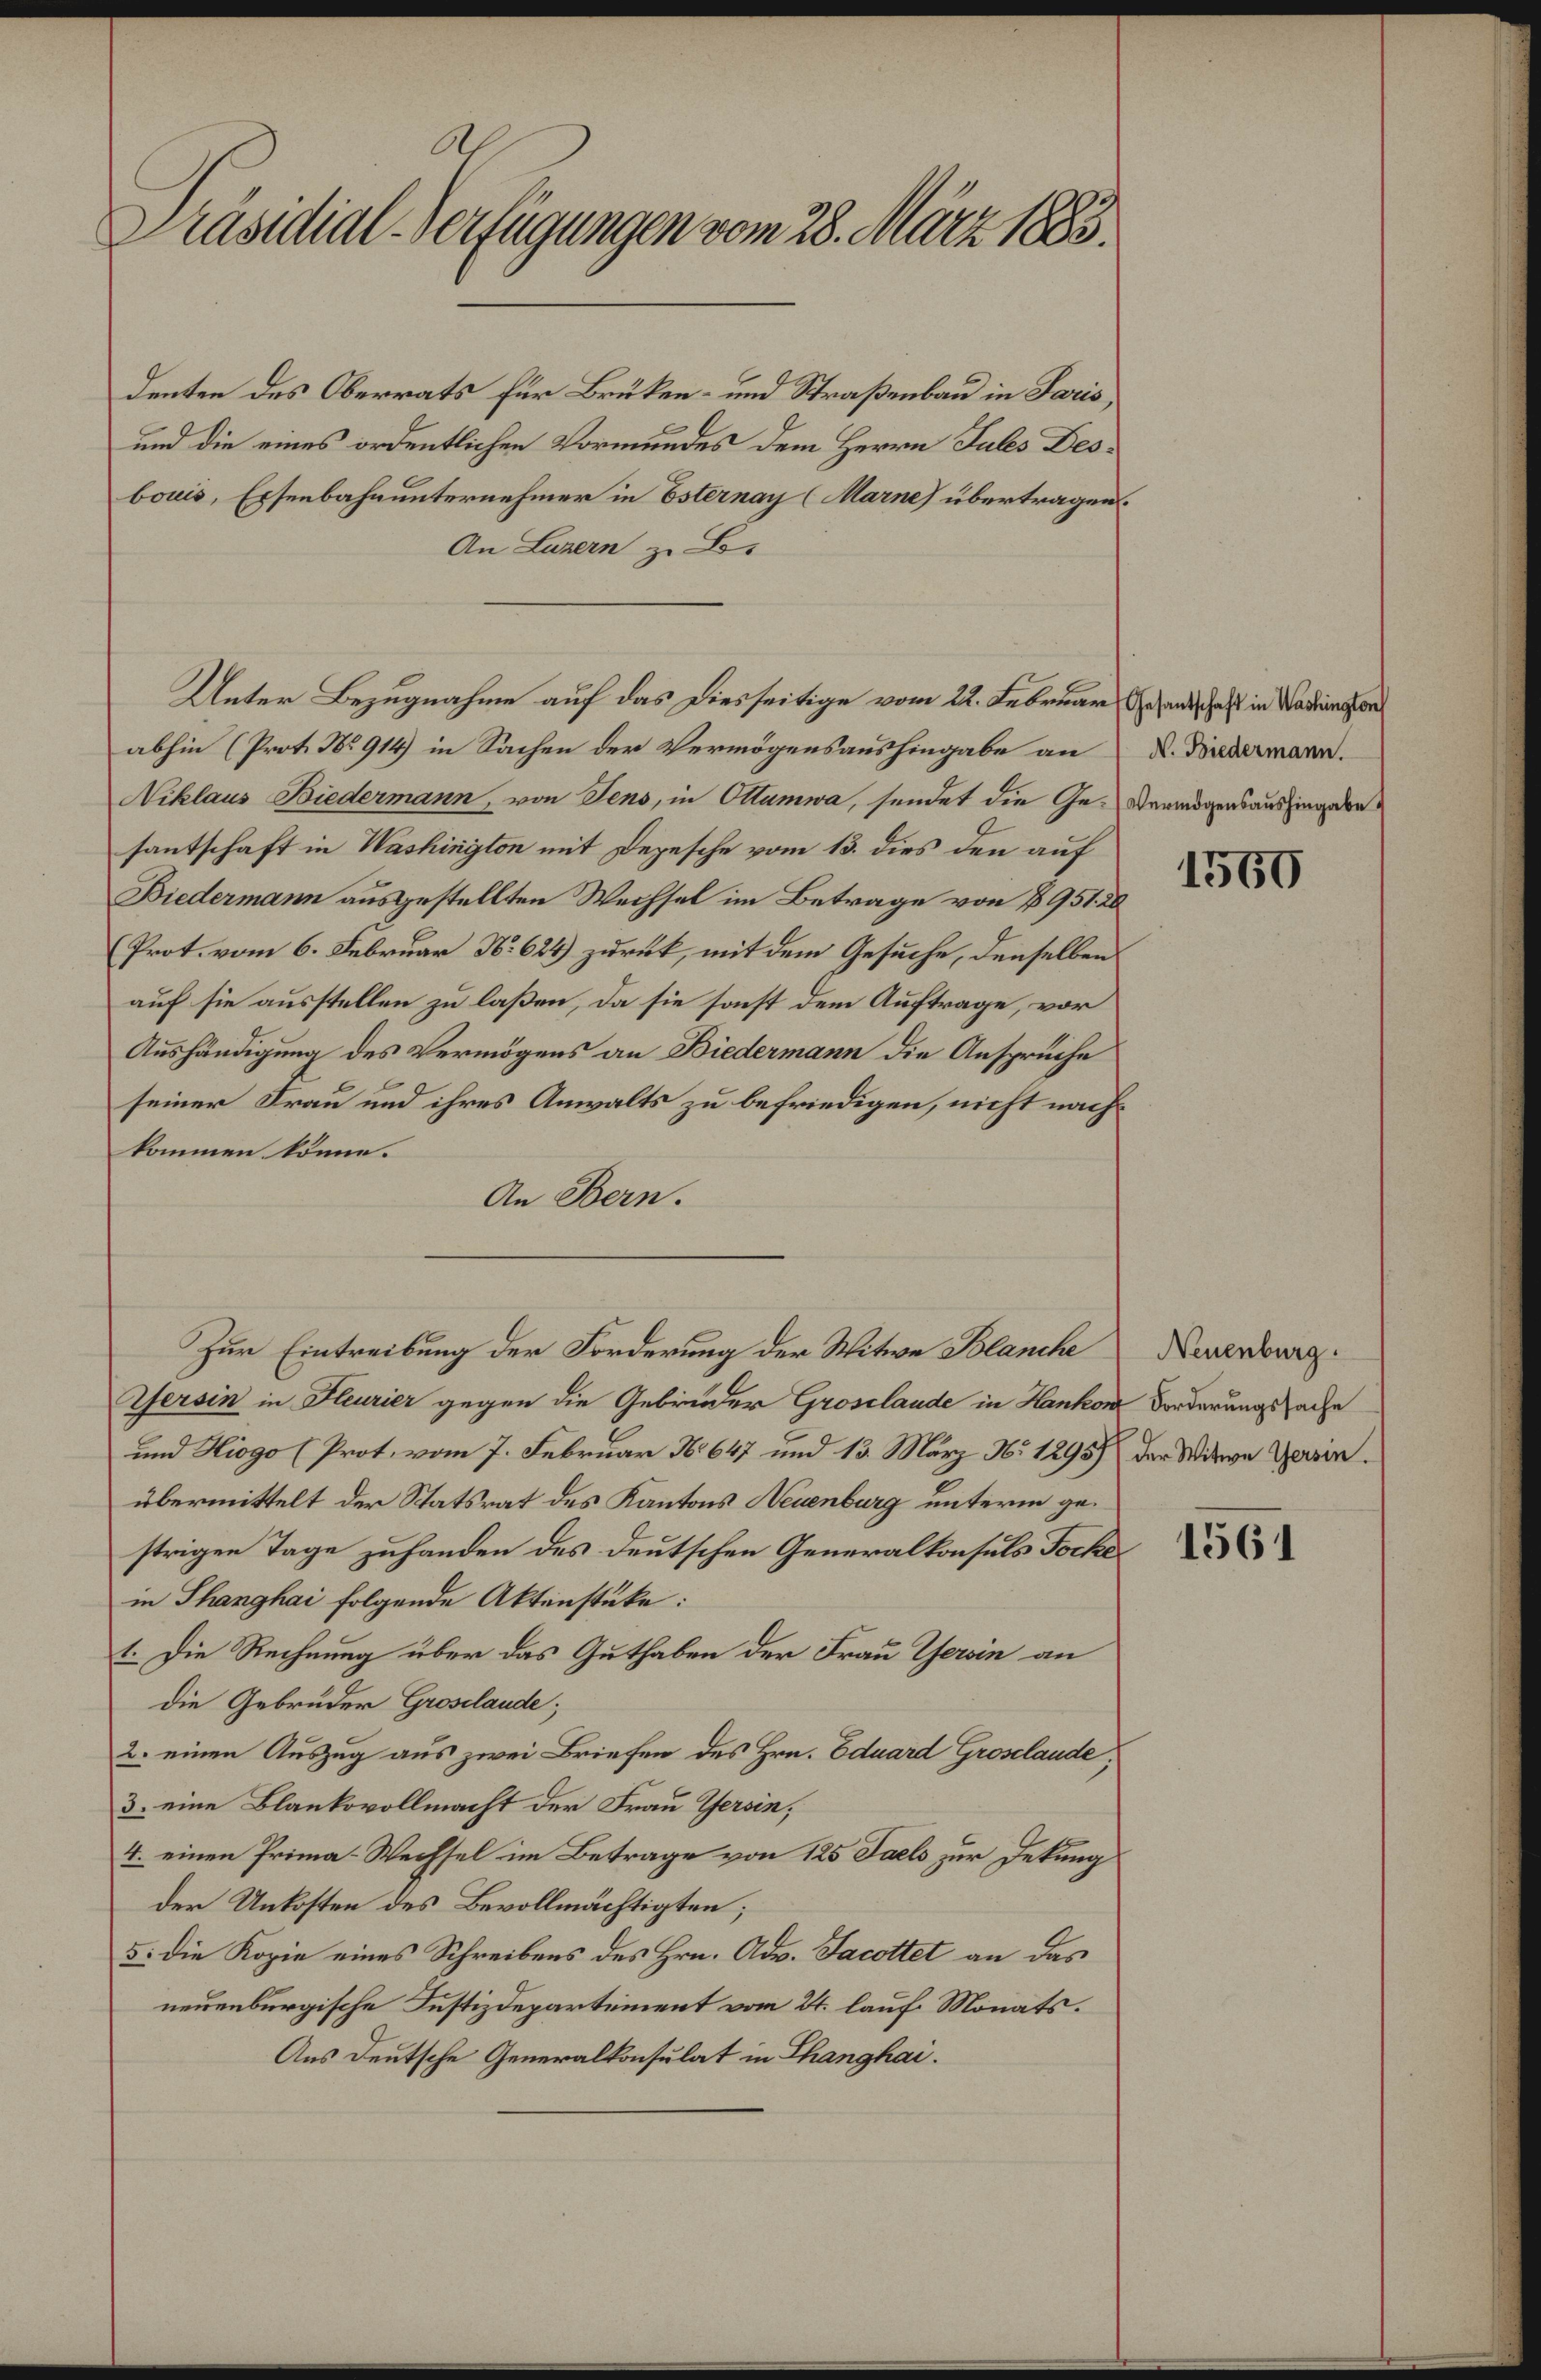
Ah
Präsidial-Verfügungen vom 28. März 1883.

denten des Oberrats für Brüken- und Straßenbau in Paris,
und die eines ordentlichen Vormundes dem Herrn Jules Desbouis, Eisenbahnunternehmer in Esternay (Marne) übertragen.
An Luzern zu Bos
Unter Bezugnahme auf das Diesseitige vom 22. Februar Gesandschaft in Wadenger
abhin (Prot. No 914) in Sachen der Vermögensaushingabe an
Niklaus Biedermann, von Jens, in Ottumwa, sendet die Ge- Vermögensaushingen
santschaft in Washington mit Depesche vom 13. dies den auf
Biedermann ausgestellten Wechsel im Betrage von 1951. 20
Prot. vom 6. Februar No 624) zurück, mit dem Gesuche, denselben
auf sie ausstellen zu laßen, da sie sonst dem Auftrage, vor
Aushändigung des Vermögens an Biedermann die Ansprüche
seiner Frau und ihres Anwalts zu befriedigen, nicht nachkommen könne.
An Bern.
Zur Eintreibung der Forderung der Witwe Blanche Neuenburg.
Gersin in Heurier gegen die Gebrüder Grosclaude in Hankon Forderungssache
und Hiogo (Prot. vom 7. Februar 1647 und 13. März Nr 1295) der Witwe Gerin.
übermittelt der Statsrat des Kantons Neuenburg unterm gestrigen Tage zuhanden des deutschen Generalkonsuls Tocke
in Thanghai folgende Aktenstüke:
1. Die Rechnung über das Guthaben der Frau Gerin an
die Gebrüder Groselande;
2. einen Auszug aus zwei Briefen des Hrn. Eduard Groselande,
3. eine Blankovollmacht der Frau Gersin;
4. einen Prima-Wechsel im Betrage von 125 Saels zur Dekung
der Unkosten des Bevollmächtigten;
5: die Kopie eines Schreibens des Hrn. Adv. Jacottet an das
neuenburgische Justizdepartement vom 24. lauf Monats.
Aus deutsche Generalkonsulat in Thanghai.

N. Biedermann.

1560

1561